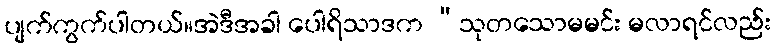
ပျက်ကွက်ပါတယ်။အဲဒီအခါ ပေါရိသာဒက “သုတသောမမင်း မလာရင်လည်း